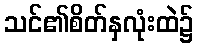
သင်၏စိတ်နှလုံးထဲ၌